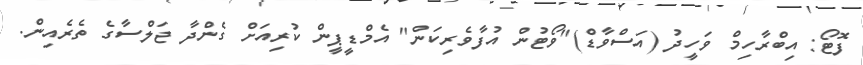
ފޮޓޯ: އިބްރާހިމް ވަހީދު (އަސްވާޑް)"ވޯޓުން އުފާވެރިކަން" އެމްޑީޕީން ކުރިއަށް ގެންދާ ޖަލްސާގެ ތެރެއިން.